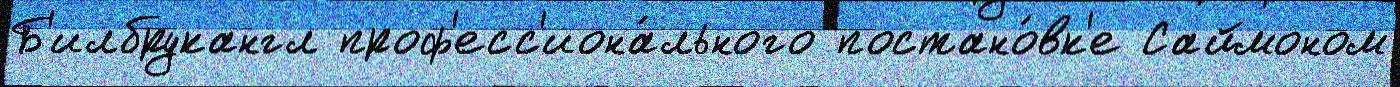
Б'илбрукангл проф'есс'иона́льного постано́вк'е Саймоном